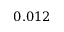
0 . 0 1 2